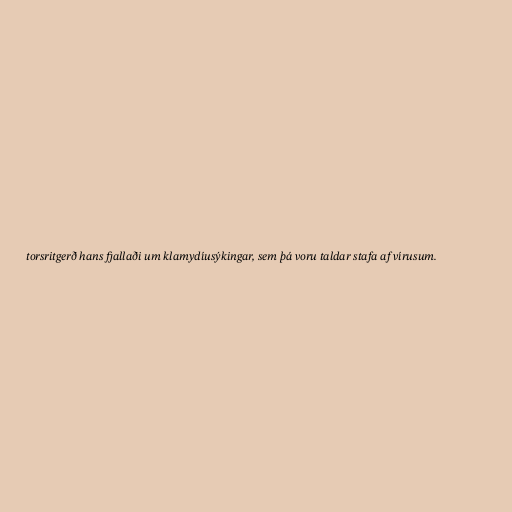
torsritgerð hans fjallaði um klamydíusýkingar, sem þá voru taldar stafa af vírusum.